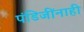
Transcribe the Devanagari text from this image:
पंडिजींनाही